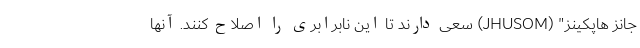
جانز هاپکینز" (JHUSOM) سعی دارند تا این نابرابری را اصلاح کنند. آنها